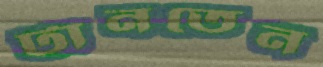
টানতেন